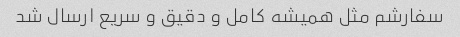
سفارشم مثل همیشه کامل و دقیق و سریع ارسال شد